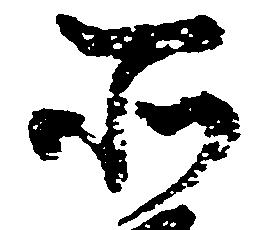
所